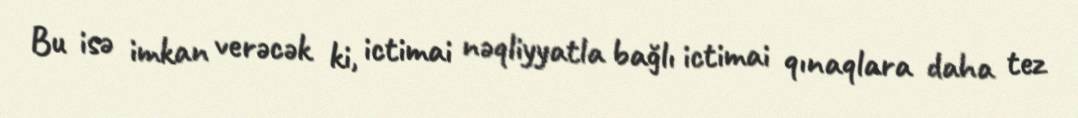
Bu isə imkan verəcək ki, ictimai nəqliyyatla bağlı ictimai qınaqlara daha tez